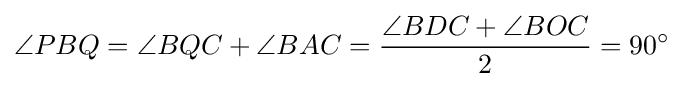
\angle PBQ=\angle BQC+\angle BAC={\frac {\angle BDC+\angle BOC}{2}}=90^{\circ }